Peeter_Aleksander_Speek, lk 18
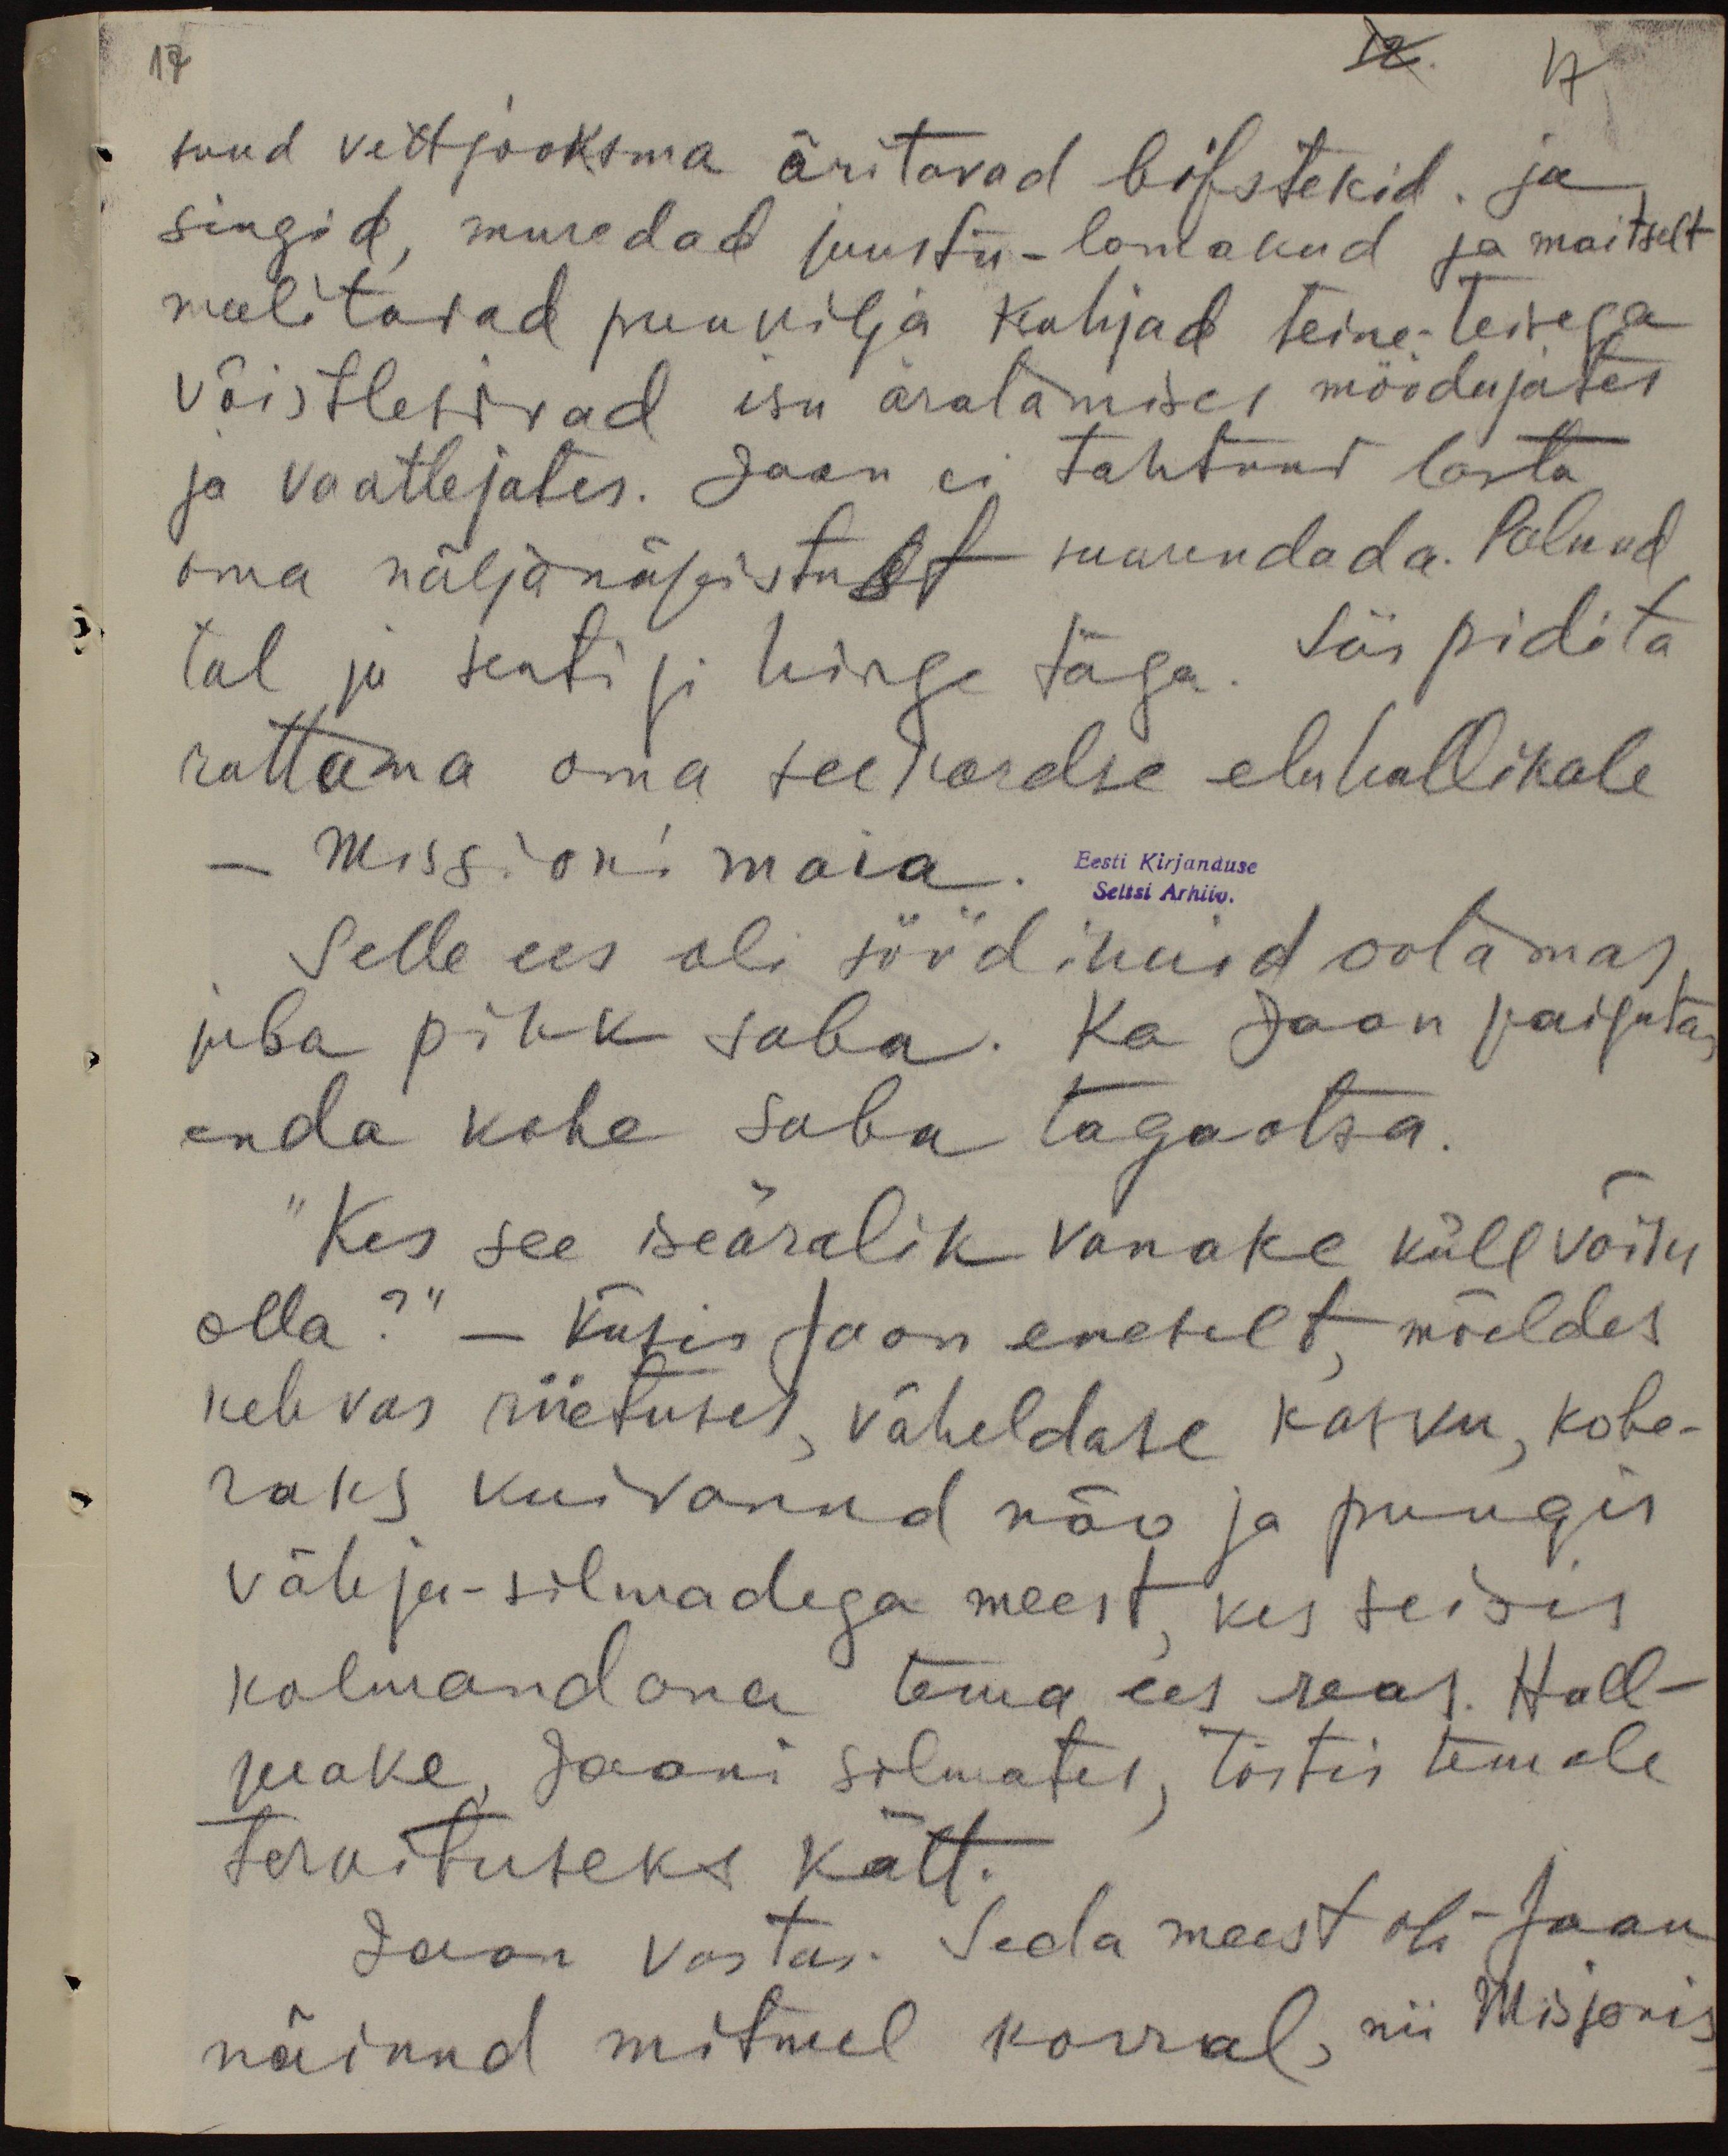
17
12.
17
tund vett jooksma äritavad bifstekid ja
singid, muredad juustu-lomakud ja maitselt
meelitavad puuvilja kuhjad teine-teisega
võistlesiwad isu äratamises möödujates
ja vaatlejates. Jaan ei tahtnud lasta
oma näljanäpistust suurendada. Polnud
tal ju sentigi hinge taga. Siis pidi ta
ruttama oma seekordse eluhallikale
- Missioni maia.
Eesti Kirjanduse
Seltsi Arhiiv.
Selle ees oli söödikuid ootamas.
juba pikk saba. Ka Jaan paigutas
enda kohe saba tagaotsa.
"Kes see iseäralik vanake küll võiks
olla?“ - Küsis Jaan eneselt mõeldes
kehvas riietuses, väheldase kasvu, kobe-
daks kuivanud näo ja pungis
vähja-silmadega meest, kes seisis
kolmandana tema ees reas. Hall-
peake, Jaani silmates, tõstis temale
terwituseks kätt.
Jaan Vastas. Seda meest oli Jaan
näinud mitmel korral, nii Misjonis